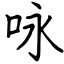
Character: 咏